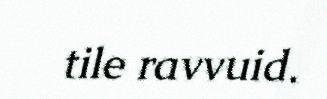
tile ravvuid.